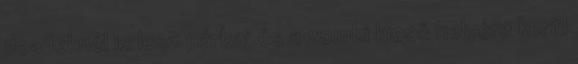
deadeknél is lesz párbaj.és a zombi kieső helyére kerül